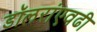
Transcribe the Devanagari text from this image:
डॉलरांएवढी